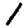
Digit: 1